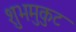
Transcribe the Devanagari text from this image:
शुभमुकुट